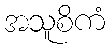
အသူစိကံ